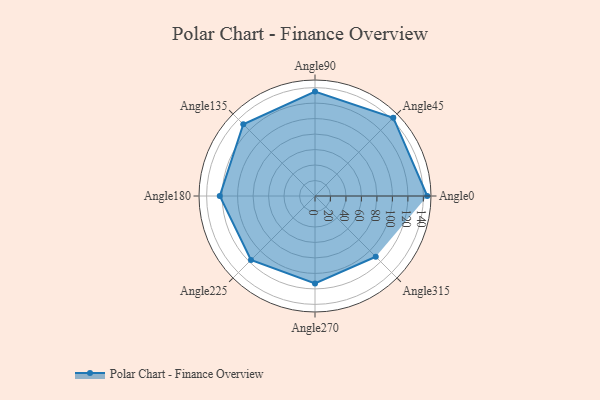
{"axis": {"x": "Angle", "y": "Radius"}, "legend": [""], "data": [{"x": "Angle0", "y": 145.0, "type": ""}, {"x": "Angle45", "y": 143.0, "type": ""}, {"x": "Angle90", "y": 135.0, "type": ""}, {"x": "Angle135", "y": 131.0, "type": ""}, {"x": "Angle180", "y": 123.0, "type": ""}, {"x": "Angle225", "y": 117.0, "type": ""}, {"x": "Angle270", "y": 113.0, "type": ""}, {"x": "Angle315", "y": 111.0, "type": ""}]}